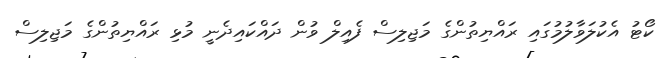
ކޯޓު އެކުލަވާލުމުގައި ރައްޔިތުންގެ މަޖިލިސް ފެއިލް ވުން ދައްކައިދެނީ މުޅި ރައްޔިތުންގެ މަޖިލިސް